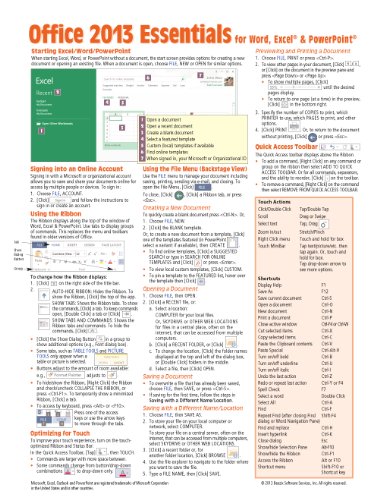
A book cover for Microsoft Office 2013 Essentials Quick Reference Guide (Cheat Sheet of Instructions, Tips & Shortcuts - Laminated Card); Beezix Inc.; Computers & Technology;